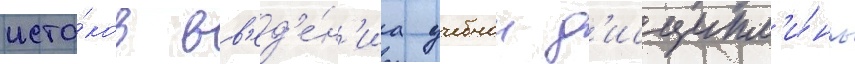
исто́ков вв'ед'е́н'иа учебнои д'исципл'и́ны